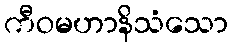
ကီဝမဟာနိသံသော